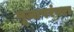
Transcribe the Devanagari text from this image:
पूजापरंपरा